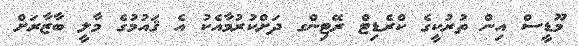
މޫޑީސް އިން ތުރުކީގެ ކްރެޑިޓް ރޭޓިންގ ދަށްކުރުމާއެކު އެ ޤައުމުގެ މާލީ ބާޒާރަށް